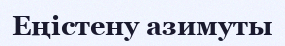
Еңістену азимуты